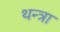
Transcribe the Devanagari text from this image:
थन्त्रा